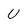
Character: U